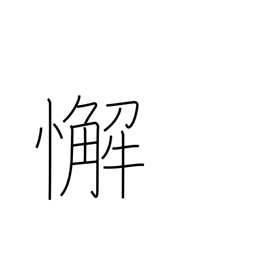
Meaning: laziness